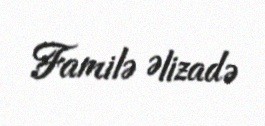
Familə Əlizadə